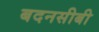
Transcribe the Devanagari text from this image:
बदनसीबी